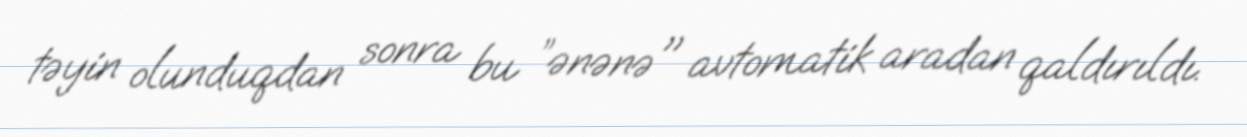
təyin olunduqdan sonra bu ”ənənə" avtomatik aradan qaldırıldı.